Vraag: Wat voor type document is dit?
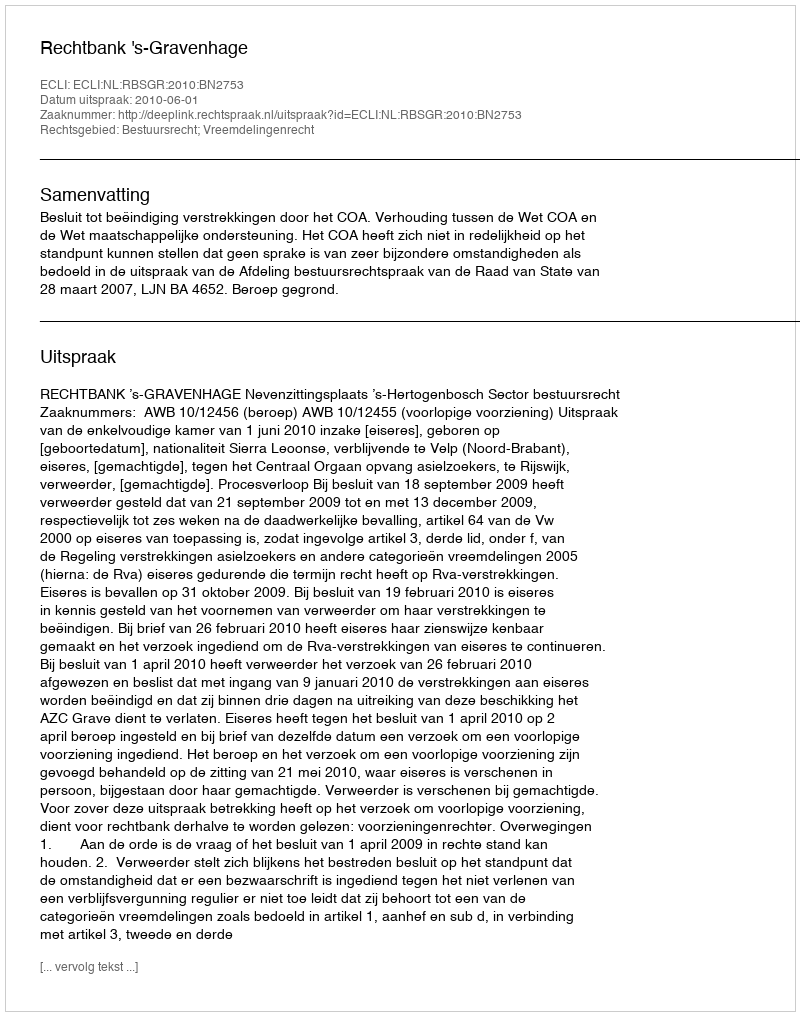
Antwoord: Uitspraak